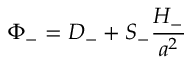
\Phi _ { - } = D _ { - } + S _ { - } \frac { \cal { H } _ { - } } { a ^ { 2 } }